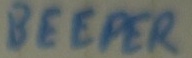
Text: BEEPER